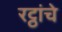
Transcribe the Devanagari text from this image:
रट्ठांचे